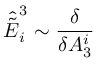
{ \hat { \tilde { E } } } _ { i } ^ { 3 } \sim { \frac { \delta } { \delta A _ { 3 } ^ { i } } }